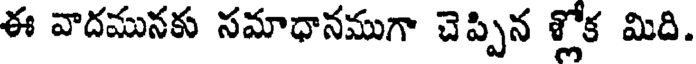
ఈ వాదమునకు సమాధానముగా చెప్పిన శ్లోక మిది.